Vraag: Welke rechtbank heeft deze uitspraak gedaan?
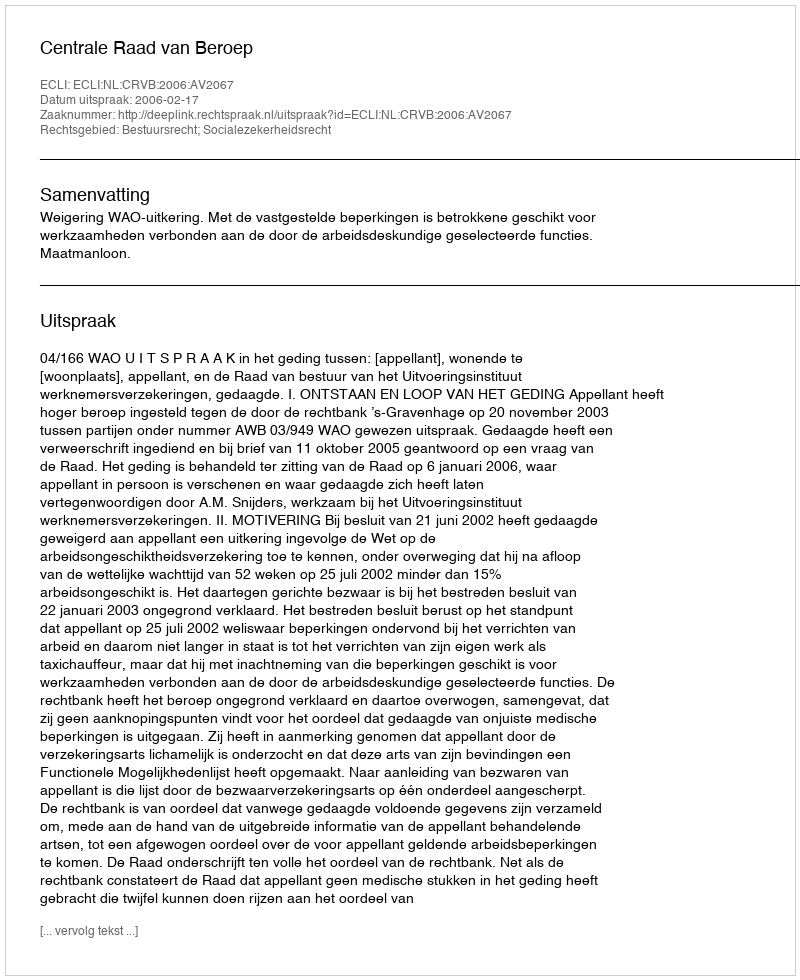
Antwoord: Centrale Raad van Beroep